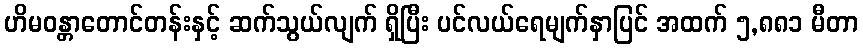
ဟိမဝန္တာတောင်တန်းနှင့် ဆက်သွယ်လျက် ရှိပြီး ပင်လယ်ရေမျက်နှာပြင် အထက် ၅,၈၈၁ မီတာ